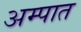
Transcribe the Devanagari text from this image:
अम्पात